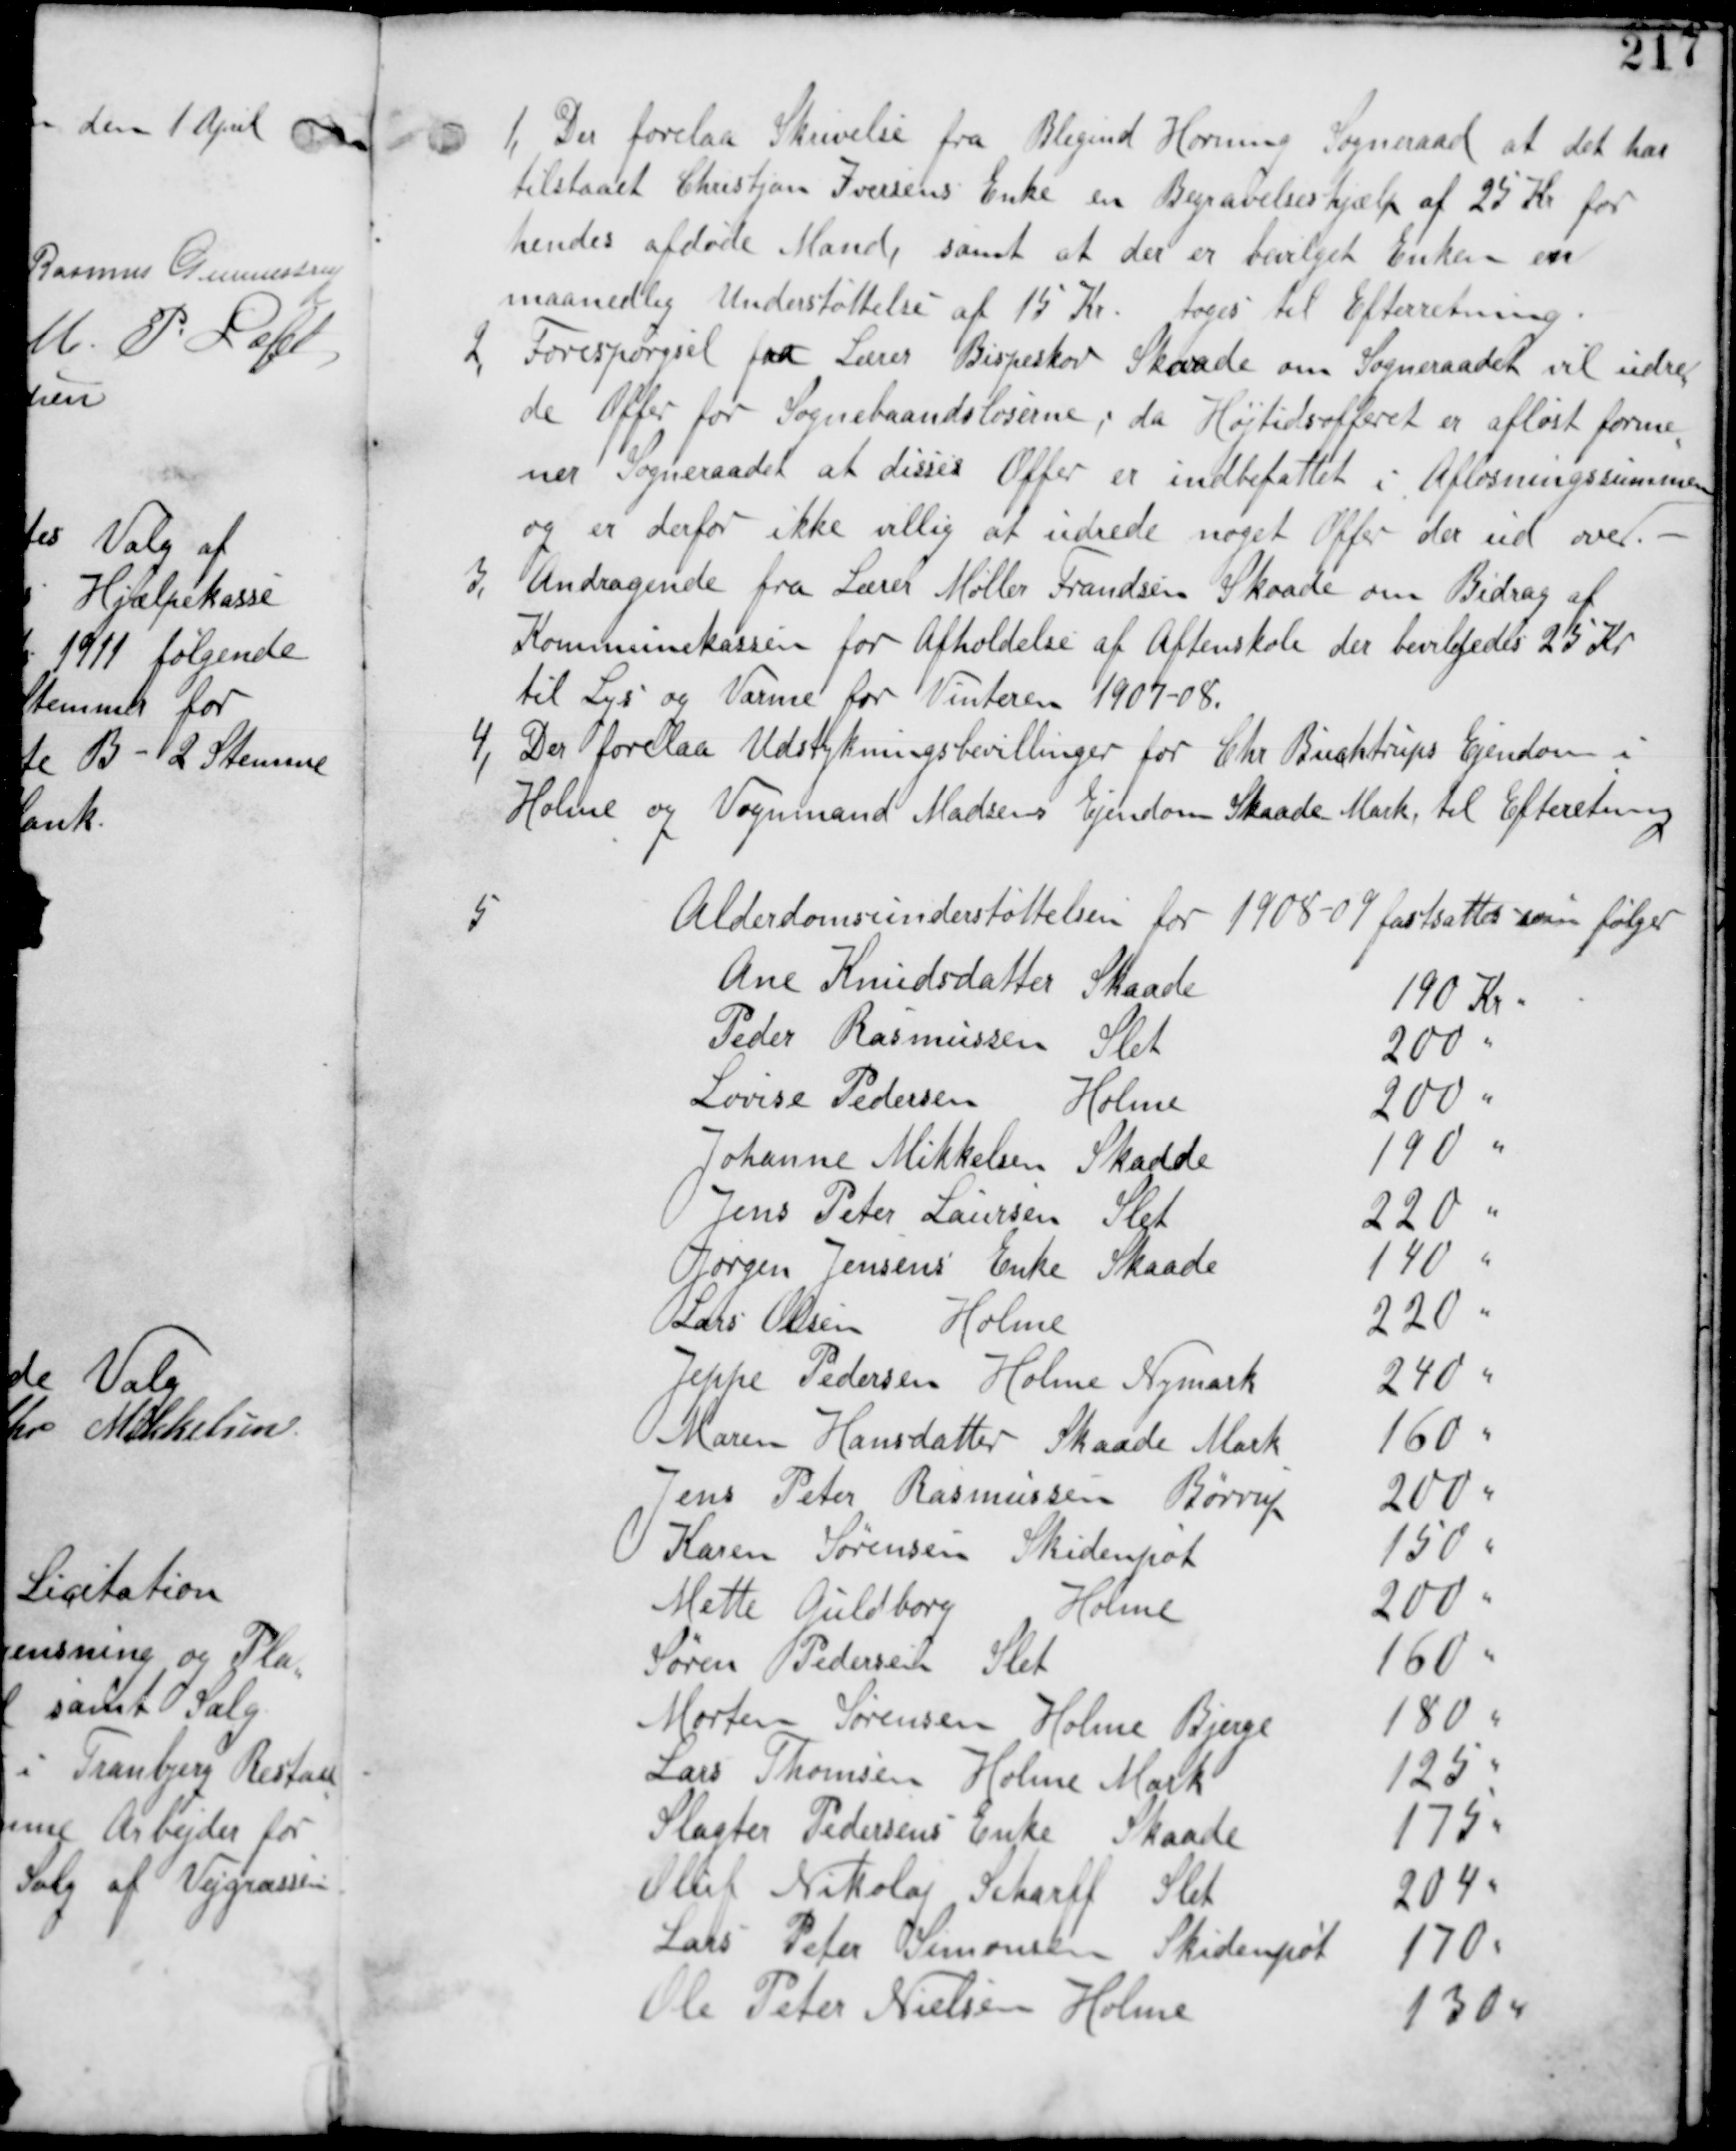
Transskription:
1, Der forelaa Skrivelse fra Blegind Hørning Sogneraad at det har
tilstaaet Christjan Iversens Enke en Begravelseshjælp af 25 Kr for
hendes afdøde Mand, samt at der er bevilget Enken en
maanedlig Understøttelse af 15 Kr. tages til Efterretning.

2, Forespørgsel fra Lærer Bispeskov Skaade om Sogneraadet vil udre
de Offer for Sognebaandsløserne, da Højtidsofferet er afløst forme
ner Sogneraadet at disses Offer er indbefattet i Afløsningssummen
og er derfor ikke villig at udrede noget Offer der ud over.-

3, Andragende fra Lærer Møller Frandsen Skaade om Bidrag af
Kommunekassen for Afholdelse af Aftenskole der bevilgedes 25 Kr
til Lys og Varme for Vinteren 1907-08.

4, Der forelaa Udstykningsbevillinger for Chr Buchtrups Ejendom i
Holme og Vognmand Madsens Ejendom Skaade Mark, til Efterretning

5
Alderdomsunderstøttelsen for 1908-09 fastsattes som følger
Ane Knudsdatter Skaade 190 Kr
Peder Rasmussen Slet 200 "
Lovise Pedersen Holme 200 "
Johanne Mikkelsen Skaade 190 "
Jens Peter Laursen Slet 220 "
Jørgen Jensens Enke Skaade 140 "
Lars Olsen Holme 220 "
Jeppe Pedersen Holme Nymark 240 "
Maren Hansdatter Skaade Mark 160 "
Jens Peter Rasmussen Børrup 200 "
Karen Sørensen Skidenpøt 150 "
Mette Guldborg Holme 200 "
Søren Pedersen Slet 160 "
Morten Sørensen Holme Bjerge 180 "
Lars Thomsen Holme Mark 125 "
Slagter Pedersens Enke Skaade 175 "
Oluf Nikolaj Scharff Slet 204 "
Lars Peter Simonsen Skidenpøt 170 "
Ole Peter Nielsen Holme 130 "